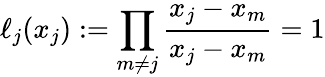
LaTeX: \ell_{j}(x_{j}):=\prod_{m\neq j}{\frac{x_{j}-x_{m}}{x_{j}-x_{m}}}=1